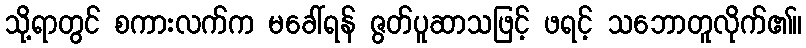
သို့ရာတွင် စကားလက်က မခေါ်ရန် ဇွတ်ပူဆာသဖြင့် ဖရင့် သဘောတူလိုက်၏။